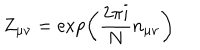
LaTeX: Z _ { \mu \nu } = \exp \left( \frac { 2 \pi i } { N } n _ { \mu \nu } \right)